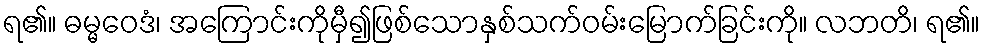
ရ၏။ ဓမ္မဝေဒံ၊ အကြောင်းကိုမှီ၍ဖြစ်သောနှစ်သက်ဝမ်းမြောက်ခြင်းကို။ လဘတိ၊ ရ၏။